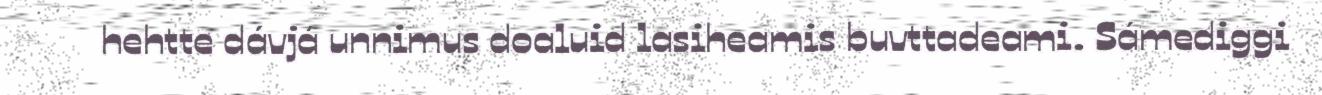
hehtte dávjá unnimus doaluid lasiheamis buvttadeami. Sámediggi